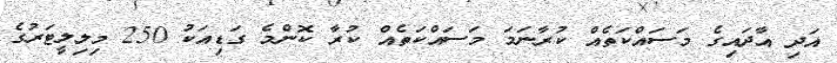
އަދި އާދައިގެ މަސައްކަތެއް ކުރާނަމަ މަސައްކަތެއް ކުރާ ކޮންމެ ގަޑިއަކު 250 މިލިލީޓަރުގެ